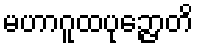
မဟာဂူထပုဉ္ဇောတိ